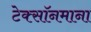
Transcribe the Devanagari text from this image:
टेक्सॉनमाना